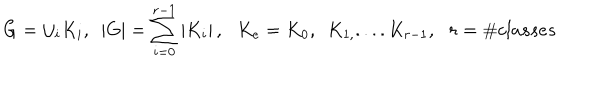
LaTeX: G = \cup _ { i } K _ { i } , \, \, \, \left| G \right| = \sum _ { i = 0 } ^ { r - 1 } \left| K _ { i } \right| , \, \, \, \, K _ { e } = K _ { 0 } , \, \, \, K _ { 1 , } . . . . K _ { r - 1 } , \, \, \, \, r = \# c l a s s e s